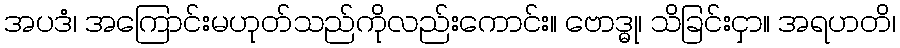
အပဒံ၊ အကြောင်းမဟုတ်သည်ကိုလည်းကောင်း။ ဗောဒ္ဓု၊ သိခြင်းငှာ။ အရဟတိ၊